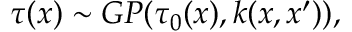
\tau ( x ) \sim G P ( \tau _ { 0 } ( x ) , k ( x , x ^ { \prime } ) ) ,